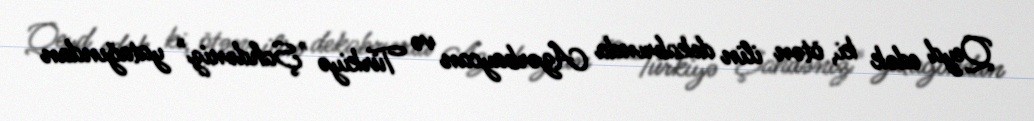
Qeyd edək ki, ötən ilin dekabrında Azərbaycan və Türkiyə "Şahdəniz" yatağından